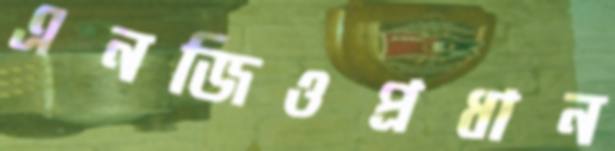
এনজিওপ্রধান